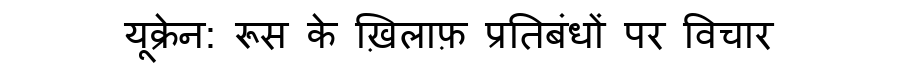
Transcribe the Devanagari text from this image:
यूक्रेन: रूस के ख़िलाफ़ प्रतिबंधों पर विचार